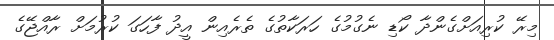
މިރޭ ކުރިއަށްގެންދާ ކޯޑި ނެގުމުގެ ހަރަކާތުގެ ތެރެއިން އީދު ފާހަގަ ކުރުމަށް ރާއްޖޭގެ